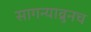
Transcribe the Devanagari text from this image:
सागन्याव्रुनच